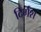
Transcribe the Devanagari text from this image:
दिर्गश